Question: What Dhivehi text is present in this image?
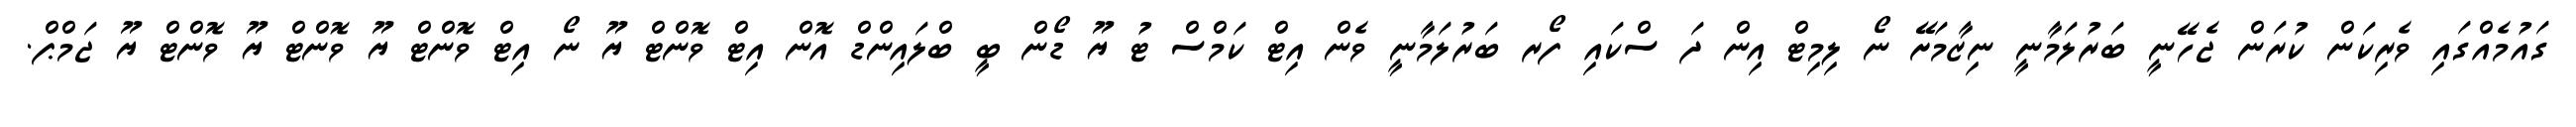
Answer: ގައުމެއްގައި ވެރިކަން ކުރަން ޖެހޭނީ ބަރުލަމާނީ ނިޒާމަށޭ ނޯ ލިމިޓް އިން ދަ ސްކައި ފޯރ ބަރުލަމާނީ ވެން އިޓް ކަމްސް ޓު ޔޫ ޑޯން ބީ ބްލައިންޑް އޮން އިޓް ވޮންޓް ޔޫ ނޯ އިޓް ވޮންޓް ޔޫ ވޮންޓް ޔޫ ވޮންޓް ޔޫ ޖަމްޕް.